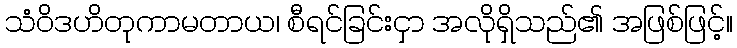
သံဝိဒဟိတုကာမတာယ၊ စီရင်ခြင်းငှာ အလိုရှိသည်၏ အဖြစ်ဖြင့်။